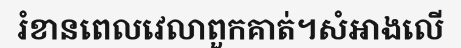
រំខានពេលវេលាពួកគាត់។សំអាងលើ